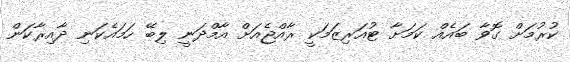
ކުރުމަށް ގޮވާ ބައެއް ކަމަށާ ޓުއަރިޒަމަކީ ރާއްޖެއަށް އާމްދަނީ ލިބޭ ހަމައެކަނި ދާއިރާކަން